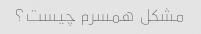
مشکل همسرم چیست؟